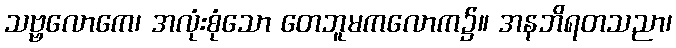
သဗ္ဗလောကေ၊ အလုံးစုံသော တေဘူမကလောက၌။ အနဘိရတသညာ၊